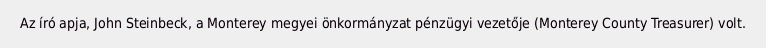
Az író apja, John Steinbeck, a Monterey megyei önkormányzat pénzügyi vezetője (Monterey County Treasurer) volt.